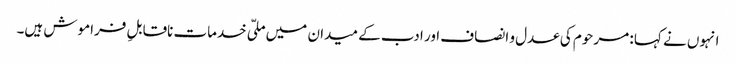
انہوں نے کہا : مرحوم کی عدل و انصاف اور ادب کے میدان میں ملّی خدمات ناقابلِ فراموش ہیں۔